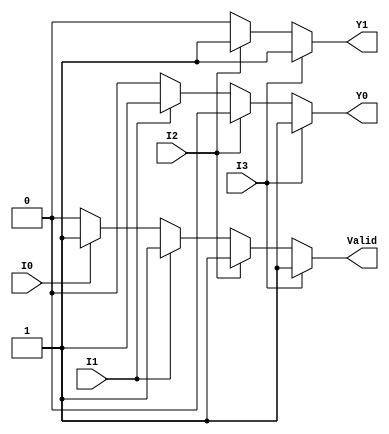
module priority_encoder_4to2 (
    input wire I0,   // Input 0
    input wire I1,   // Input 1
    input wire I2,   // Input 2
    input wire I3,   // Input 3
    output reg Y1,   // Output bit 1
    output reg Y0,   // Output bit 0
    output reg Valid // Valid output
);

always @(*) begin
    // Default values
    Y1 = 0;
    Y0 = 0;
    Valid = 0;

    // Check for valid inputs and prioritize
    if (I3) begin
        Y1 = 1;
        Y0 = 1;
        Valid = 1;
    end else if (I2) begin
        Y1 = 1;
        Y0 = 0;
        Valid = 1;
    end else if (I1) begin
        Y1 = 0;
        Y0 = 1;
        Valid = 1;
    end else if (I0) begin
        Y1 = 0;
        Y0 = 0;
        Valid = 1;
    end else begin
        Valid = 0; // No valid input
    end
end

endmodule